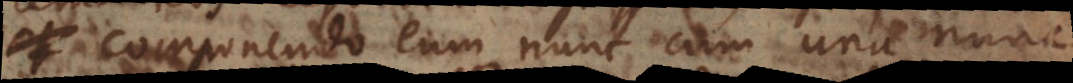
componendo eum nunc cum una nunc